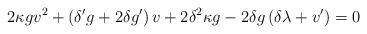
LaTeX: \begin{align*}2 \kappa g v^{2} + \left(\delta' g+ 2 \delta g'\right)v+ 2 \delta^{2} \kappa g-2 \delta g \left(\delta\lambda+v'\right)=0\end{align*}